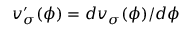
v _ { \sigma } ^ { \prime } ( \phi ) = d v _ { \sigma } ( \phi ) / d \phi